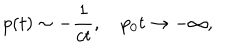
p ( t ) \sim - { \frac { 1 } { c t } } , \quad p _ { 0 } t \to - \infty ,